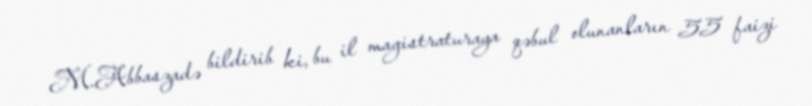
M.Abbaszadə bildirib ki, bu il magistraturaya qəbul olunanların 55 faizi